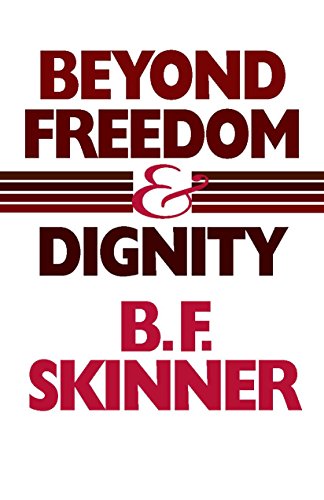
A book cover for Beyond Freedom and Dignity (Hackett Classics); B. F. Skinner; Science & Math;